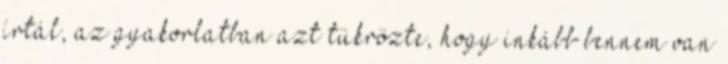
írtál, az gyakorlatban azt tükrözte, hogy inkább bennem van